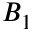
B _ { 1 }